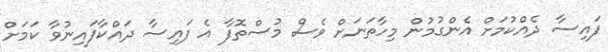
ފައިސާ ދެއްކުމަށް އެންގުމުން މިހާތަނަށް ވެސް މުސްތޮފާ އެ ފައިސާ ދައްކާފައިނުވާ ކަމަށް